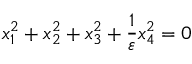
x _ { 1 } ^ { 2 } + x _ { 2 } ^ { 2 } + x _ { 3 } ^ { 2 } + { \frac { 1 } { \varepsilon } } x _ { 4 } ^ { 2 } = 0